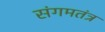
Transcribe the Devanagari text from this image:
संगमतंत्र